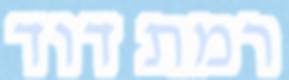
רמת דוד